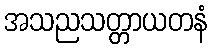
အသညသတ္တာယတနံ